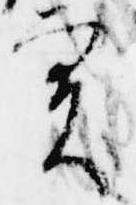
実